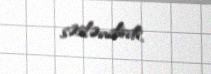
səsləndirdi.